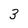
Character: 3